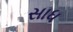
સાધ